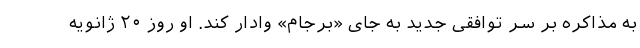
به مذاکره بر سر توافقی جدید به جای «برجام» وادار کند. او روز ۲۰ ژانویه